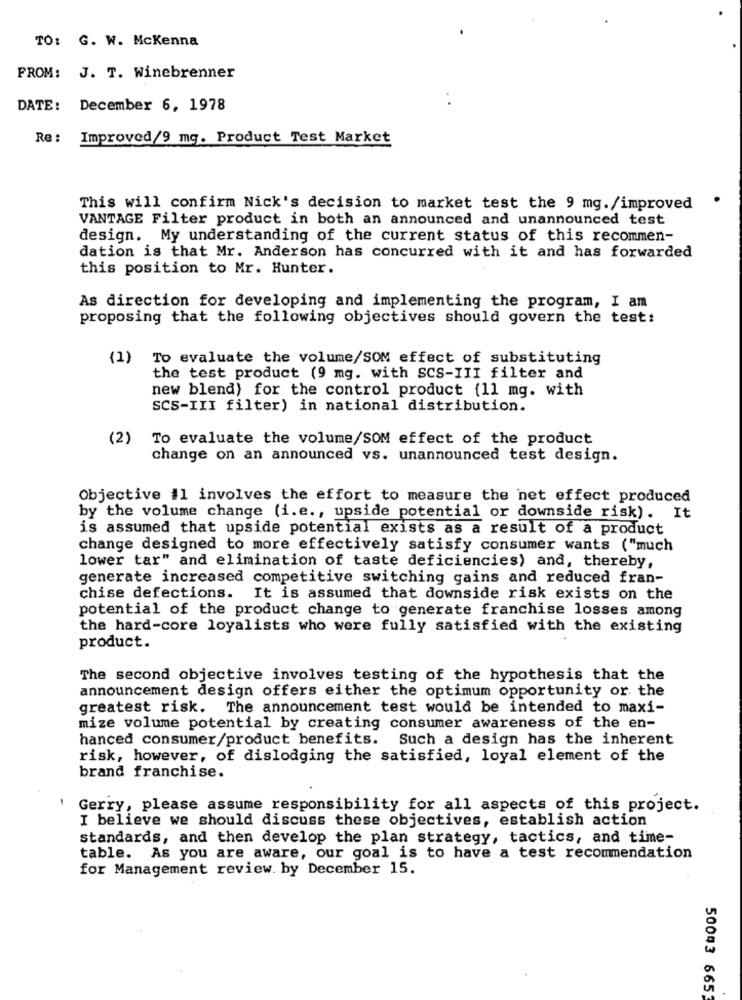
TO: G. W. Mckenna
FROM: J. T. Winebrenner
DATE:
December 6, 1978
Re :
Improved/9 mg. Product Test Market
This will confirm Nick's decision to market test the 9 mg./improved
VANTAGE Filter product in both an announced and unannounced test
design. My understanding of the current status of this recommen-
dation is that Mr. Anderson has concurred with it and has forwarded
this position to Mr. Hunter.
As direction for developing and implementing the program, I am
proposing that the following objectives should govern the test:
(1) To evaluate the volume/SOM effect of substituting
the test product (9 mg. with SCS-III filter and
new blend) for the control product {11 mg. with
SCS-III filter) in national distribution.
(2) To evaluate the volume/SOM effect of the product
change on an announced vs. unannounced test design.
Objective il involves the effort to measure the net effect produced
by the volume change (i.e ., upside potential or downside risk). It
is assumed that upside potential exists as a result of a product
change designed to more effectively satisfy consumer wants ("much
lower tar" and elimination of taste deficiencies) and, thereby,
generate increased competitive switching gains and reduced fran-
chise defections. It is assumed that downside risk exists on the
potential of the product change to generate franchise losses among
the hard-core loyalists who were fully satisfied with the existing
product.
The second objective involves testing of the hypothesis that the
announcement design offers either the optimum opportunity or the
greatest risk. The announcement test would be intended to maxi-
mize volume potential by creating consumer awareness of the en-
hanced consumer/product benefits. Such a design has the inherent
risk, however, of dislodging the satisfied, loyal element of the
brand franchise.
Gerry, please assume responsibility for all aspects of this project.
I believe we should discuss these objectives, establish action
standards, and then develop the plan strategy, tactics, and time-
table. As you are aware, our goal is to have a test recommendation
for Management review. by December 15.
50043 6653